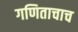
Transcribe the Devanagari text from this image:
गणिताचाच